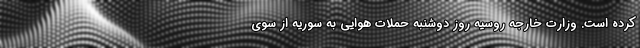
کرده است. وزارت خارجه روسیه روز دوشنبه حملات هوایی به سوریه از سوی